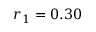
r _ { 1 } = 0 . 3 0